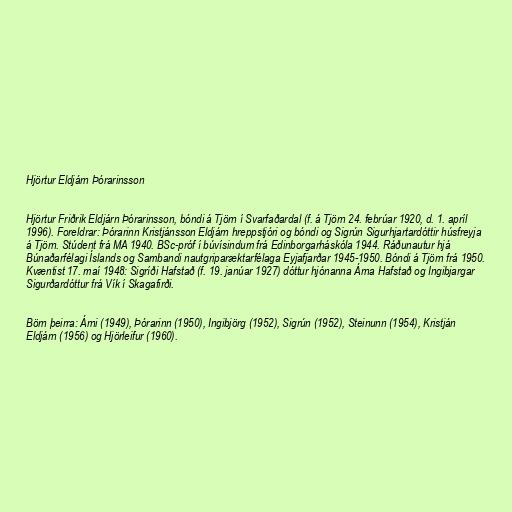
Hjörtur Eldjárn Þórarinsson

Hjörtur Friðrik Eldjárn Þórarinsson, bóndi á Tjörn í Svarfaðardal (f. á Tjörn 24. febrúar 1920, d. 1. apríl
1996). Foreldrar: Þórarinn Kristjánsson Eldjárn hreppstjóri og bóndi og Sigrún Sigurhjartardóttir húsfreyja
á Tjörn. Stúdent frá MA 1940. BSc-próf í búvísindum frá Edinborgarháskóla 1944. Ráðunautur hjá
Búnaðarfélagi Íslands og Sambandi nautgriparæktarfélaga Eyjafjarðar 1945-1950. Bóndi á Tjörn frá 1950.
Kvæntist 17. maí 1948: Sigríði Hafstað (f. 19. janúar 1927) dóttur hjónanna Árna Hafstað og Ingibjargar
Sigurðardóttur frá Vík í Skagafirði.

Börn þeirra: Árni (1949), Þórarinn (1950), Ingibjörg (1952), Sigrún (1952), Steinunn (1954), Kristján
Eldjárn (1956) og Hjörleifur (1960).